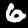
Label: 6